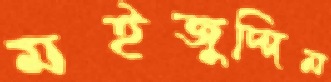
মইজুদ্দিন